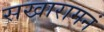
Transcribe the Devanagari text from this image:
सखारामनं